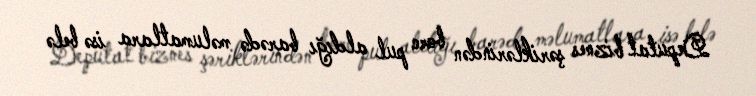
Deputat biznes şəriklərindən borc pul aldığı barədə məlumatlara isə belə